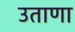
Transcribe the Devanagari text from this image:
उताणा